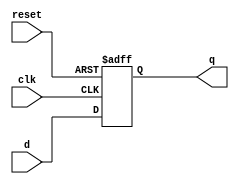
`timescale 1ns / 1ps
module flopr #(parameter W = 32)(
	input clk,reset,
	input [W-1:0]d,
	output reg [W-1:0]q
);

always @(posedge clk, posedge reset)
	if(reset) q <= 0;
	else q<= d;

endmodule


module floprc #(parameter W = 32)(
	input clk,reset,clear,
	input [W-1:0]d,
	output reg [W-1:0]q
);

always @(posedge clk, posedge reset)
	if(reset) q <= 0;
	else if(clear) q <= 0;
	else q<= d;

endmodule


module flopenr #(parameter W = 32)(
	input clk,reset,en,
	input [W-1:0]d,
	output reg [W-1:0]q
);

always @(posedge clk, posedge reset)
	if(reset) q <= 0;
	else if(en) q<= d;

endmodule


module flopenrc #(parameter W = 32)(
	input clk,reset,en,clear,
	input [W-1:0]d,
	output reg [W-1:0]q
);

always @(posedge clk, posedge reset)
	if(reset) q <= 0;
	else if( en & clear) q <= 0;
	else if(en) q <= d;

endmodule